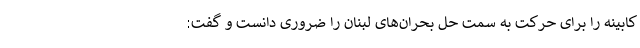
کابینه را برای حرکت به سمت حل بحران‌های لبنان را ضروری دانست و گفت:‌